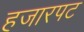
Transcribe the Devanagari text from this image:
हजारपट